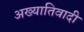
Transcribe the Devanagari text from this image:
अख्यातिवादी